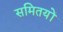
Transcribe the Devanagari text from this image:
समितयों